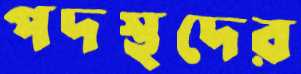
পদস্থদের